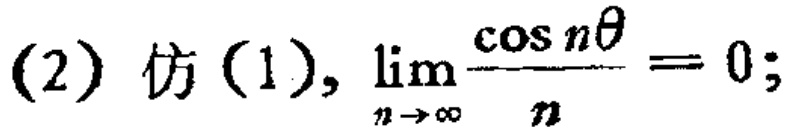
(2) 仿(1), $\lim_{n \to \infty} \frac{\cos n\theta}{n}=0$;